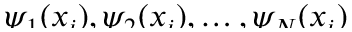
\smash { \psi _ { 1 } ( x _ { i } ) , \psi _ { 2 } ( x _ { i } ) , \ldots , \psi _ { N } ( x _ { i } ) }